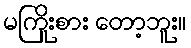
မကြိုးစား တော့ဘူး။